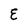
Character: E